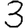
Digit: 3